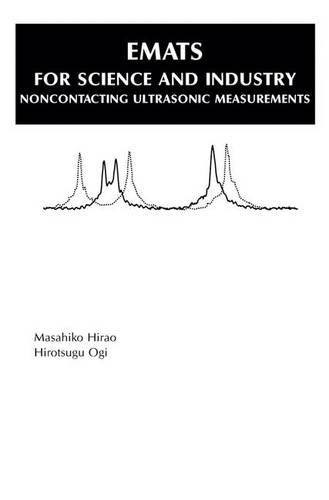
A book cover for EMATs for Science and Industry: Noncontacting Ultrasonic Measurements; Masahiko Hirao; Science & Math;